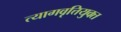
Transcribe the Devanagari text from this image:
त्यागवृत्तियुक्त